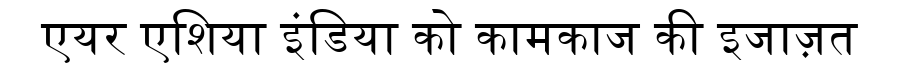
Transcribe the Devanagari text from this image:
एयर एशिया इंडिया को कामकाज की इजाज़त